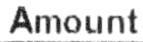
AMOUNT